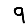
Digit: 9